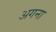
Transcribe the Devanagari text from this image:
अगना